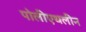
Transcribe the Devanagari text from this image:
पोलीएथलीन